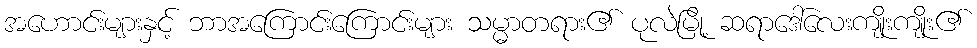
အဟောင်းများနှင့် ဘာအကြောင်းကြောင်းများ သမ္မာတရား၏ ပုလဲမြို့ ဆရာဒေါ်လေးကျိုးကျိုး၏